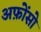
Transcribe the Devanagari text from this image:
अफ़ोंसो